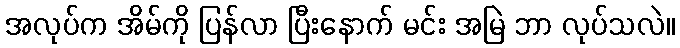
အလုပ်က အိမ်ကို ပြန်လာ ပြီးနောက် မင်း အမြဲ ဘာ လုပ်သလဲ။